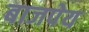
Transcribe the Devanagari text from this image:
बाजपेय